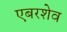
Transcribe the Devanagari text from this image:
एबरशेव